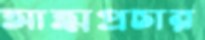
আত্মপ্রচার